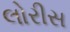
લોરીસ